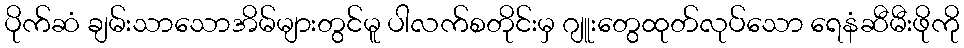
ပိုက်ဆံ ချမ်းသာသောအိမ်များတွင်မူ ပါလက်စတိုင်းမှ ဂျူးတွေထုတ်လုပ်သော ရေနံဆီမီးဖိုကို